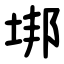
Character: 垹